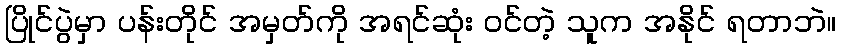
ပြိုင်ပွဲမှာ ပန်းတိုင် အမှတ်ကို အရင်ဆုံး ဝင်တဲ့ သူက အနိုင် ရတာဘဲ။